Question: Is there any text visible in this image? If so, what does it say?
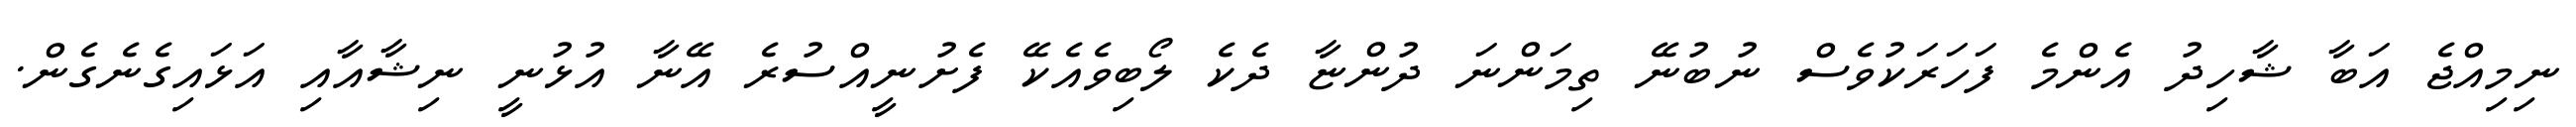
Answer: ނިމިއްޖެ އަބާ ޝާހިދު އެންމެ ފަހަރަކުވެސް ނުބުނޭ ތިމަންނަ ދުންޏާ ދެކެ ލޯބިވެއެކޭ ފެށުނީއްސުރެ އޭނާ އުޅުނީ ނިޝާއާއި އަޅައިގެނެގެން.